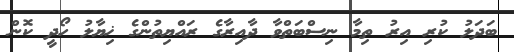
ބަދަލު ކުރި އިރު ތިމާ ނިސްބަތްވާ ދާއިރާގެ ރައްޔިތުންގެ ޚިޔާލު ހޯދީ ކޮން